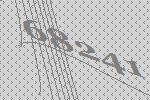
68241